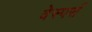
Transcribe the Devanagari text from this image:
वेस्पर्स